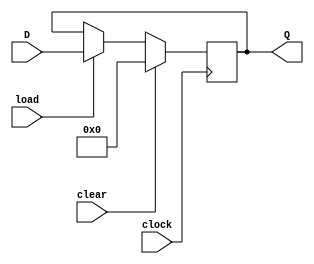
module Reg32(input [31:0] D, input clock, input clear, input load, output reg [31:0] Q); 
	always @(posedge clock)
		if(clear)
		begin
			Q <= 32'b0; 
			end 
			else if(load)
			begin 
			Q  <= D; 
			end 
endmodule